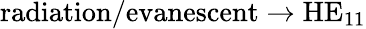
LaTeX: \textrm{radiation/evanescent}\rightarrow\textrm{HE}_{11}